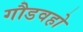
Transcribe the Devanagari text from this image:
गौडवहो